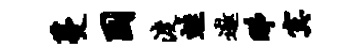
蔓困渡蛙遨睇寞